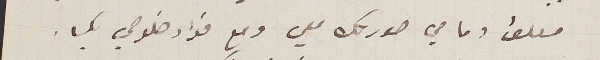
معلق امامي صورتك معي ومع فؤاد خلوصي بك.